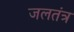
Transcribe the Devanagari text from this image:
जलतंत्र